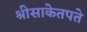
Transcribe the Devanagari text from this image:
श्रीसाकेतपते